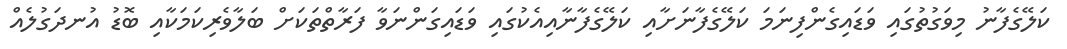
ކަލޭގެފާނު މިވަގުތުގައި ވަޑައިގެންފިނަމަ ކަލޭގެފާނަށާއި ކަލޭގެފާނާއިއެކުގައި ވަޑައިގަންނަވާ ފަރާތްތަކަށް ބަލާވެރިކަމަކާއި ބޮޑު އުނދަގުލެއް